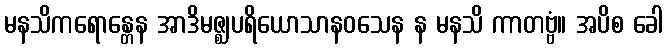
မနသိကရောန္တေန အာဒိမဇ္ဈပရိယောသာနဝသေန န မနသိ ကာတဗ္ဗံ။ အပိစ ခေါ